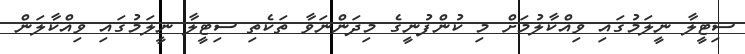
ސިޓީލާ ނީލަމުގައި ވިއްކާލުމަށް މި ކުންފުނީގެ މިދަންނަވާ ތަކެތި ސިޓީލާ ނީލަމުގައި ވިއްކާލަން